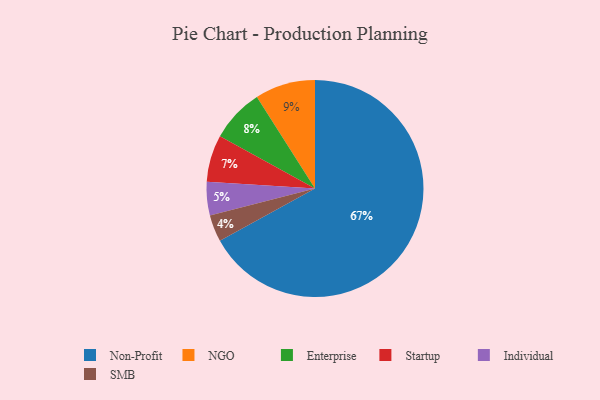
{"axis": {"x": "Category", "y": "Percentage"}, "legend": ["Enterprise", "Individual", "NGO", "Non-Profit", "SMB", "Startup"], "data": [{"x": "NGO", "y": 9, "type": "NGO"}, {"x": "Non-Profit", "y": 67, "type": "Non-Profit"}, {"x": "SMB", "y": 4, "type": "SMB"}, {"x": "Enterprise", "y": 8, "type": "Enterprise"}, {"x": "Individual", "y": 5, "type": "Individual"}, {"x": "Startup", "y": 7, "type": "Startup"}]}